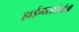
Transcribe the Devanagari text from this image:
हाईमसाहेबांनी